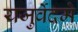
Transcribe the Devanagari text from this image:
यजुर्वेदमे